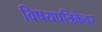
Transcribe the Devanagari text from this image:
विषयपत्रिकेवर